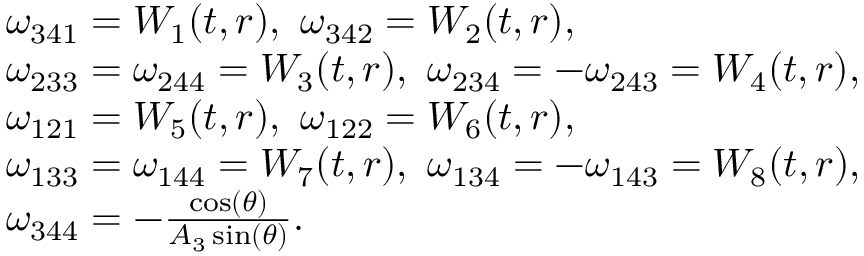
\begin{array} { r } { \begin{array} { r l } & { \omega _ { 3 4 1 } = W _ { 1 } ( t , r ) , ~ \omega _ { 3 4 2 } = W _ { 2 } ( t , r ) , } \\ & { \omega _ { 2 3 3 } = \omega _ { 2 4 4 } = W _ { 3 } ( t , r ) , ~ \omega _ { 2 3 4 } = - \omega _ { 2 4 3 } = W _ { 4 } ( t , r ) , } \\ & { \omega _ { 1 2 1 } = W _ { 5 } ( t , r ) , ~ \omega _ { 1 2 2 } = W _ { 6 } ( t , r ) , } \\ & { \omega _ { 1 3 3 } = \omega _ { 1 4 4 } = W _ { 7 } ( t , r ) , ~ \omega _ { 1 3 4 } = - \omega _ { 1 4 3 } = W _ { 8 } ( t , r ) , } \\ & { \omega _ { 3 4 4 } = - \frac { \cos ( \theta ) } { A _ { 3 } \sin ( \theta ) } . } \end{array} } \end{array}